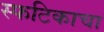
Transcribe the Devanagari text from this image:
स्फटिकाचा